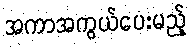
အကာအကွယ်ပေးမည့်